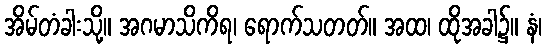
အိမ်တံခါးသို့။ အဂမာသိကိရ၊ ရောက်သတတ်။ အထ၊ ထိုအခါ၌။ နံ၊